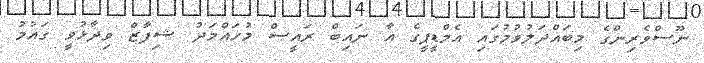
ނޫސްވެރިންގެ މިބައްދަލުވުމުގައި އެމްޑީޕީގެ އާ ނައިބް ރައީސް މުހައްމަދު ޝިފާޒް ވިދާޅުވީ ގައުމު